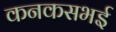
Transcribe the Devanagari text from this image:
कनकसभई